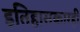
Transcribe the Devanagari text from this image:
इतिहासकारही